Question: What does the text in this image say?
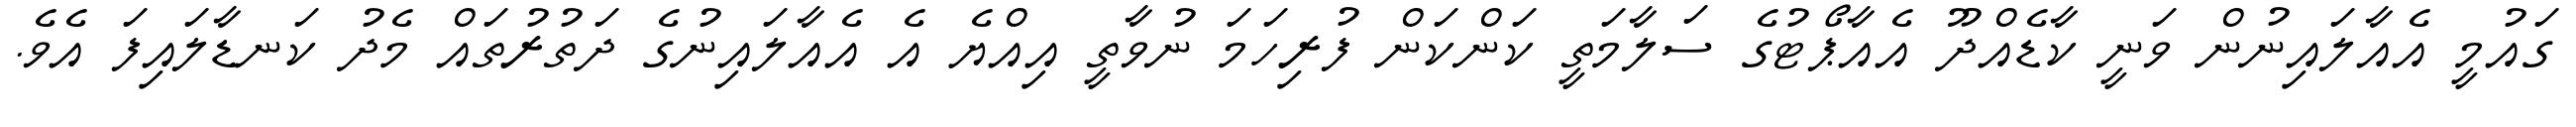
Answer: ގައުމީ އެއާލައިނުން ވަނީ ކާޑެއްދޫ އެއާޕޯޓުގެ ސަލާމަތީ ކަންކަން ފުރިހަމަ ނުވާތީ އިއްޔެ އެ އެއާލައިނުގެ ދަތުރުތައް މެދު ކަނޑާލައިފަ އެވެ.